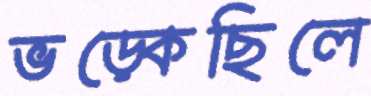
ভড়্‌কেছিলে